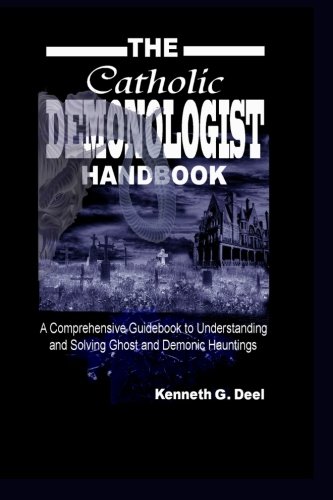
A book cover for The Catholic Demonologist Handbook: A Comprehensive guidebook to understanding ,diagnosing  and solving Ghost and Demonic Hauntings.; Kenneth G. Deel; Christian Books & Bibles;